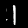
Digit: 1